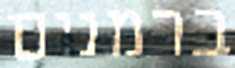
ברמנים